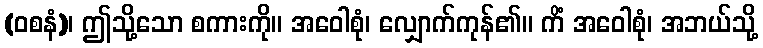
(ဝစနံ)၊ ဤသို့သော စကားကို။ အဝေါစုံ၊ လျှောက်ကုန်၏။ ကိံ အဝေါစုံ၊ အဘယ်သို့